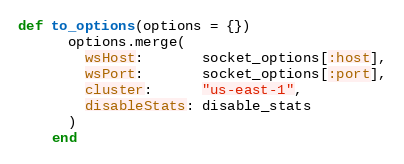
Language: Ruby
def to_options(options = {})
      options.merge(
        wsHost:       socket_options[:host],
        wsPort:       socket_options[:port],
        cluster:      "us-east-1",
        disableStats: disable_stats
      )
    end